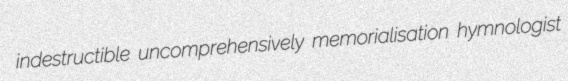
indestructible uncomprehensively memorialisation hymnologist